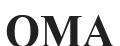
ОМА